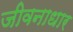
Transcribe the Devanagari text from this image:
जीवनाधार